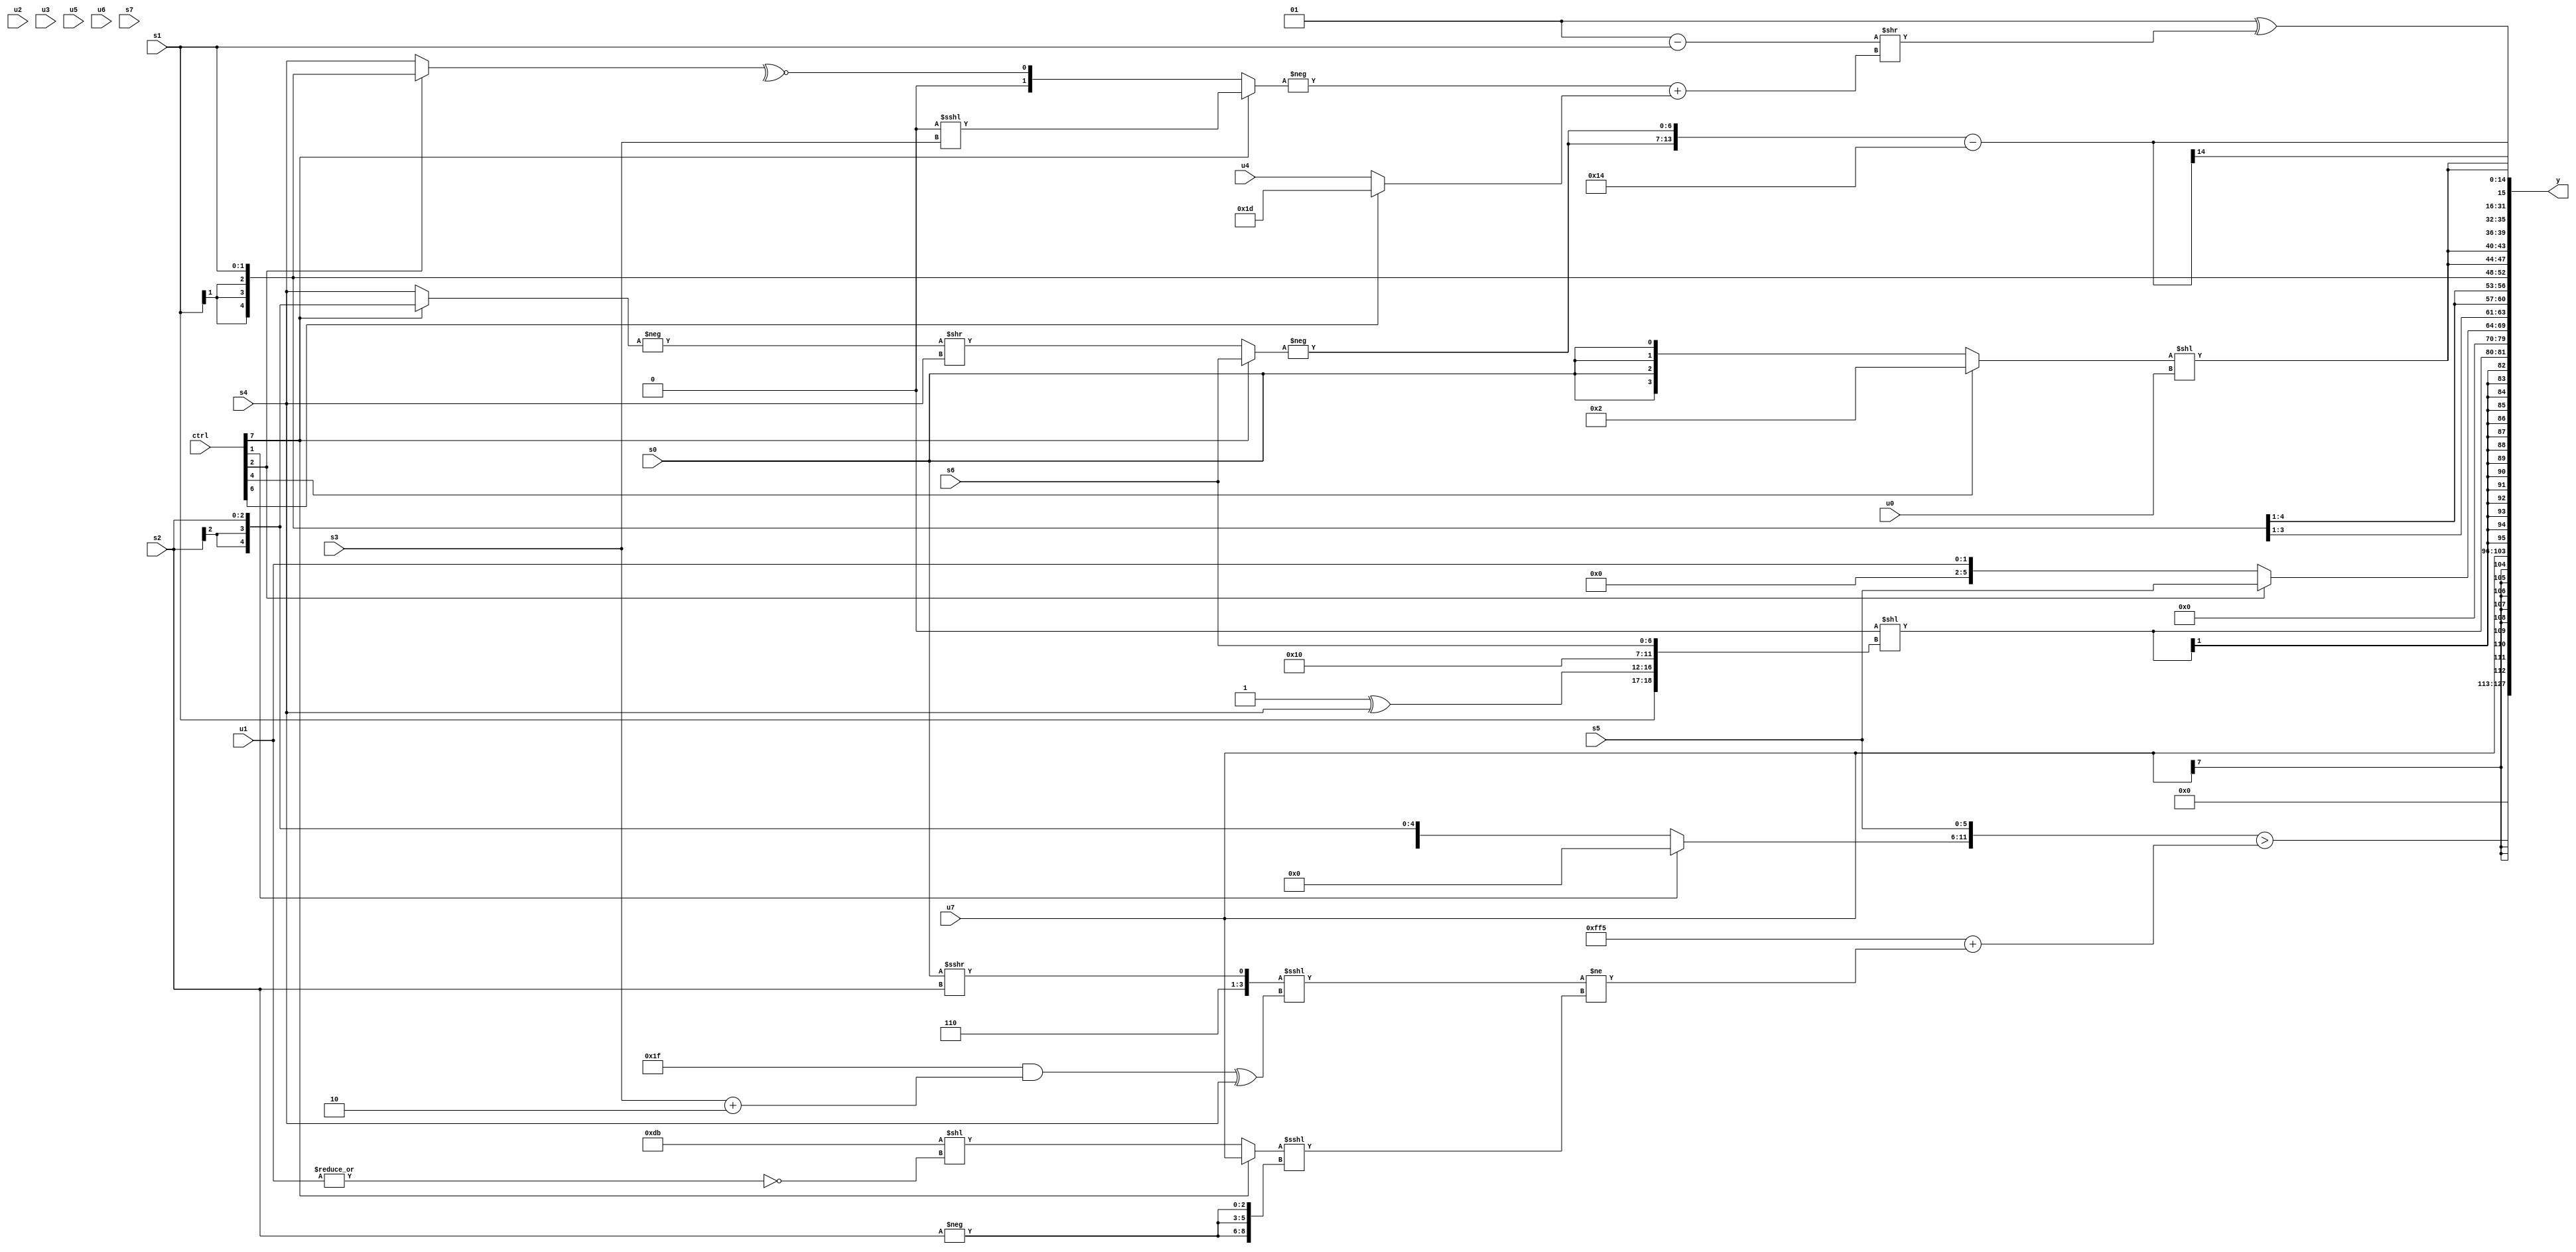
module wideexpr_00760(ctrl, u0, u1, u2, u3, u4, u5, u6, u7, s0, s1, s2, s3, s4, s5, s6, s7, y);
  input [7:0] ctrl;
  input [0:0] u0;
  input [1:0] u1;
  input [2:0] u2;
  input [3:0] u3;
  input [4:0] u4;
  input [5:0] u5;
  input [6:0] u6;
  input [7:0] u7;
  input signed [0:0] s0;
  input signed [1:0] s1;
  input signed [2:0] s2;
  input signed [3:0] s3;
  input signed [4:0] s4;
  input signed [5:0] s5;
  input signed [6:0] s6;
  input signed [7:0] s7;
  output [127:0] y;
  wire [15:0] y0;
  wire [15:0] y1;
  wire [15:0] y2;
  wire [15:0] y3;
  wire [15:0] y4;
  wire [15:0] y5;
  wire [15:0] y6;
  wire [15:0] y7;
  assign y = {y0,y1,y2,y3,y4,y5,y6,y7};
  assign y0 = +(({(ctrl[1]?-((-((ctrl[1]?s5:1'sb1)))>>(3'b111)):s2),s5})>((~(5'sb01010))+(((+({$signed(3'sb110),(s0)>>>(s2)}))<<<((($signed(6'b011111))&((s3)+(3'sb110)))^(s4)))!=(((ctrl[7]?$signed(u7):(-(6'b100101))<<(~|(u1))))<<<({3{(-(s2))>>(1'sb0)}})))));
  assign y1 = $signed(u7);
  assign y2 = $signed((2'sb00)<<($signed({s1,(1'sb1)^(s4),(5'b11110)<<(2'sb11),+(s6)})));
  assign y3 = (ctrl[2]?+(s5):u1);
  assign y4 = $signed(s1);
  assign y5 = {4{((ctrl[4]?4'sb0010:s0))<<(-(u0))}};
  assign y6 = (-(1'sb1))^(((5'sb00001)-(s1))>>((-((ctrl[7]?$signed((2'sb00)<<<(s3)):~^((ctrl[2]?s1:s4)))))+((ctrl[6]?6'sb011101:$signed(u4)))));
  assign y7 = ({2{-((ctrl[7]?s6:(+(-((ctrl[7]?s2:s4))))>>($signed(s4))))}})-(5'sb10100);
endmodule